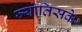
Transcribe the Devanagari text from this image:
ज्योतिसके